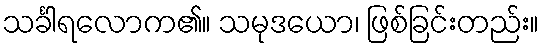
သင်္ခါရလောက၏။ သမုဒယော၊ ဖြစ်ခြင်းတည်း။